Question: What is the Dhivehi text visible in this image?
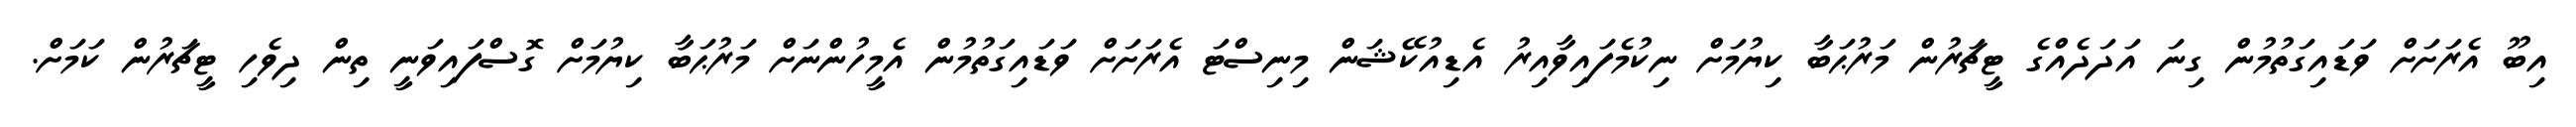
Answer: އިބޫ އެރަށަށް ވަޑައިގަތުމުން ގިނަ އަދަދެއްގެ ޓީޗަރުން މަރުޙަބާ ކިޔުމަށް ނިކުމެފައިވާއިރު އެޑިއުކޭޝަން މިނިސްޓަ އެރަށަށް ވަޑައިގަތުމުން އެމީހުންނަށް މަރުޙަބާ ކިޔުމަށް ގޮސްފައިވަނީ ތިން ދިވެހި ޓީޗަރުން ކަމަށް.